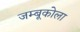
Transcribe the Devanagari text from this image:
जम्बूकोला